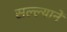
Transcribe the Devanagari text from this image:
सल्ल्यानें